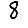
Digit: 8